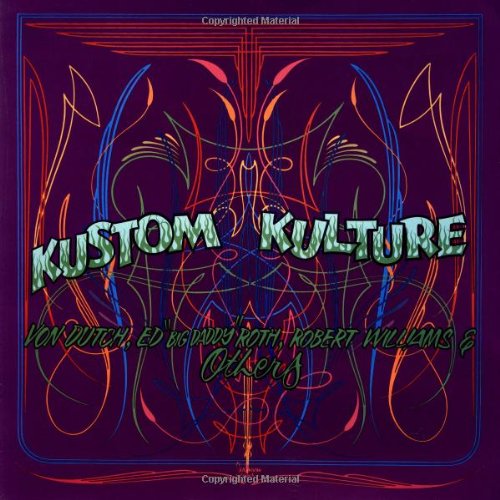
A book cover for Kustom Kulture: Von Dutch, Ed "Big Daddy" Roth, Robert Williams and Others; Ron Turner; Crafts, Hobbies & Home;